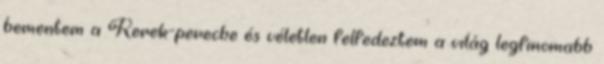
bementem a Kerek-perecbe és véletlen felfedeztem a világ legfinomabb